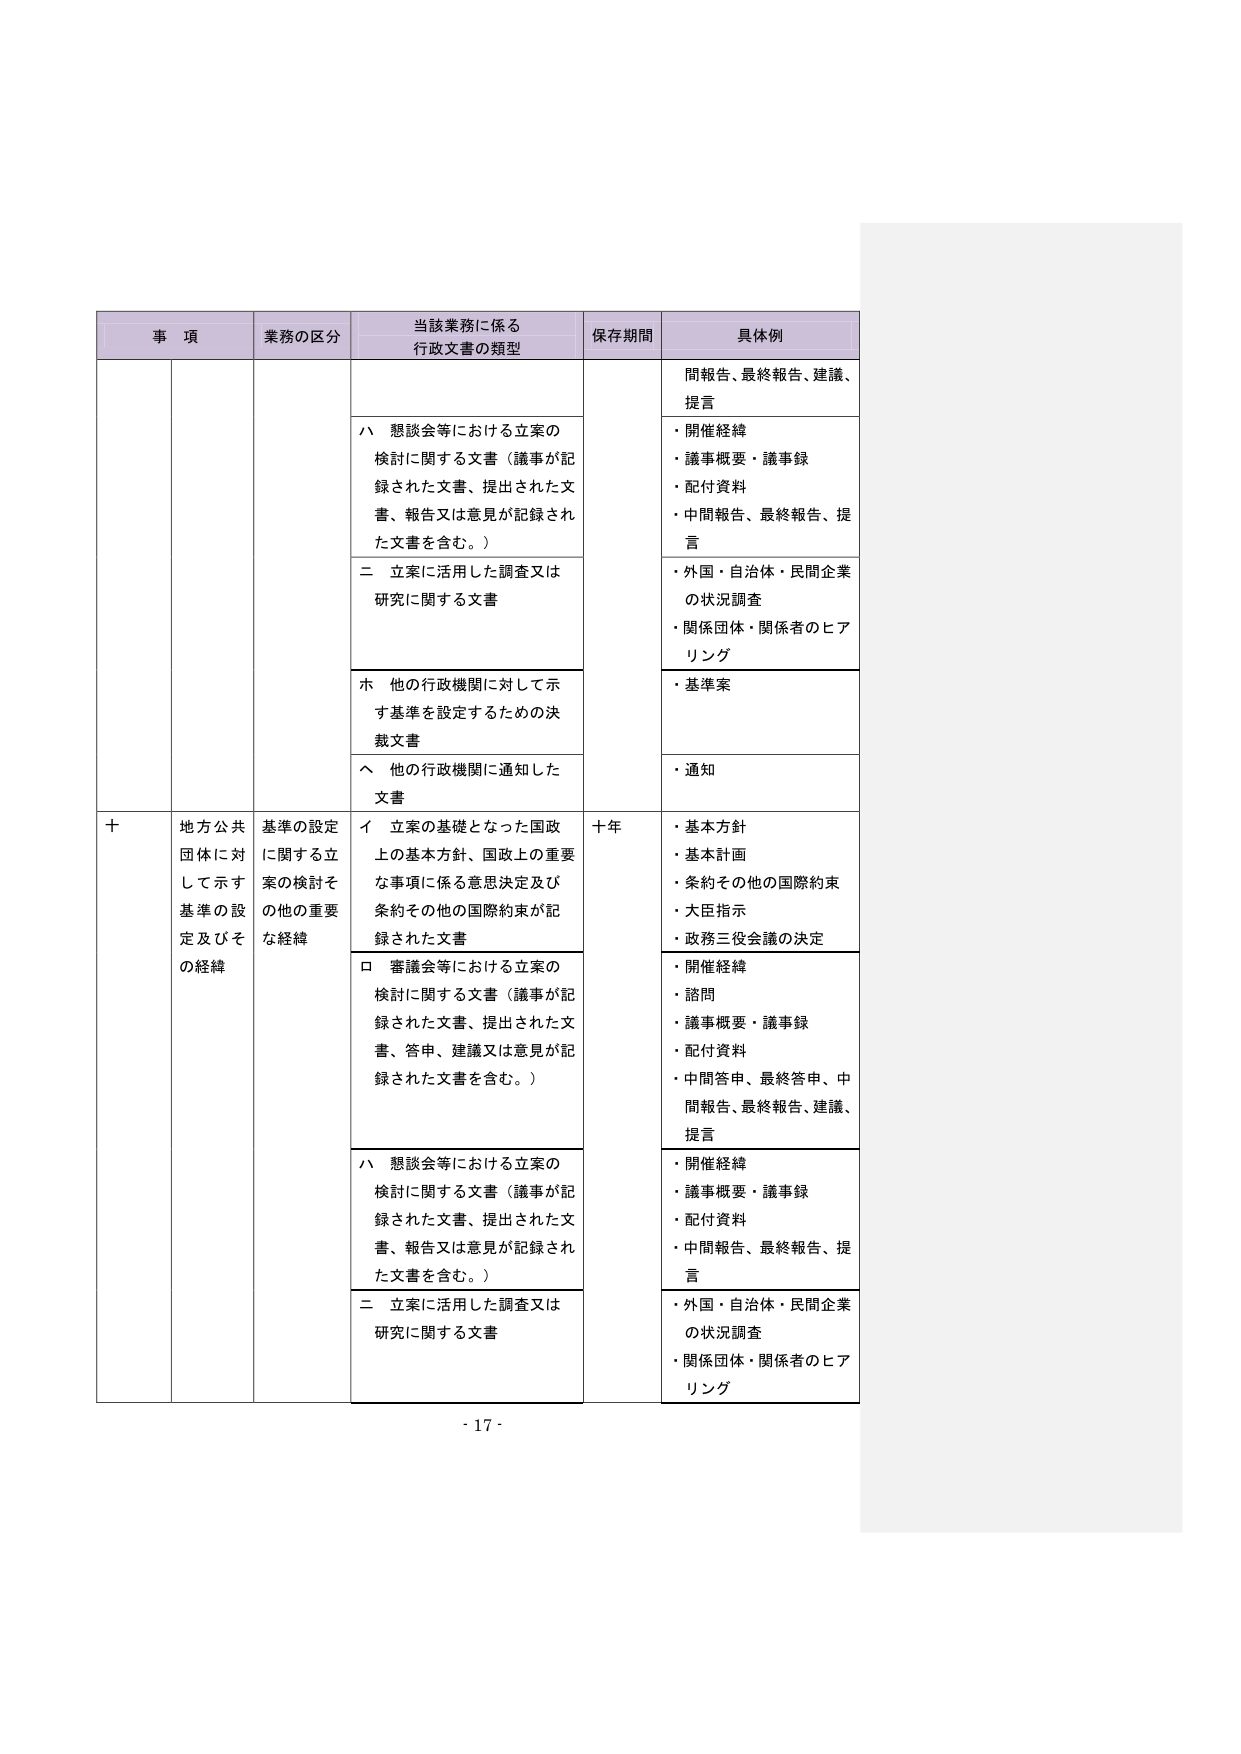
事 項 業務の区分 当該業務に係る 行政文書の類型 保存期間 具体例 間報告、最終報告、建議、 提言 ハ 懇談会等における立案の 検討に関する文書（議事が記 録された文書、提出された文 書、報告又は意見が記録され た文書を含む。） ・開催経緯 ・議事概要・議事録 ・配付資料 ・中間報告、最終報告、提 言 二 立案に活用した調査又は 研究に関する文書 ・外国・自治体・民間企業 の状況調査 ・関係団体・関係者のヒア リング ホ 他の行政機関に対して示 す基準を設定するための決 裁文書 ・基準案 へ 他の行政機関に通知した 文書 ・通知 十 地方公共 団体に対 して示す 基準の設 定及びそ の経緯 基準の設定 に関する立 案の検討そ の他の重要 な経緯 イ 立案の基礎となった国政 上の基本方針、国政上の重要 な事項に係る意思決定及び 条約その他の国際約束が記 録された文書 十年 ・基本方針 ・基本計画 ・条約その他の国際約束 ・大臣指示 ・政務三役会議の決定 ロ 審議会等における立案の 検討に関する文書（議事が記 録された文書、提出された文 書、答申、建議又は意見が記 録された文書を含む。） ・開催経緯 ・諮問 ・議事概要・議事録 ・配付資料 ・中間答申、最終答申、中 間報告、最終報告、建議、 提言 ハ 懇談会等における立案の 検討に関する文書（議事が記 録された文書、提出された文 書、報告又は意見が記録され た文書を含む。） ・開催経緯 ・議事概要・議事録 ・配付資料 ・中間報告、最終報告、提 言 二 立案に活用した調査又は 研究に関する文書 ・外国・自治体・民間企業 の状況調査 ・関係団体・関係者のヒア リング - 17 -